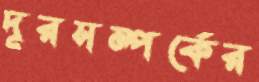
দূরসম্পর্কের